DOW-UAP-D49, Launch Summary, Vandenberg AFB, 2000
Agency: Department of War
Incident date: 2/3/00
Page 8
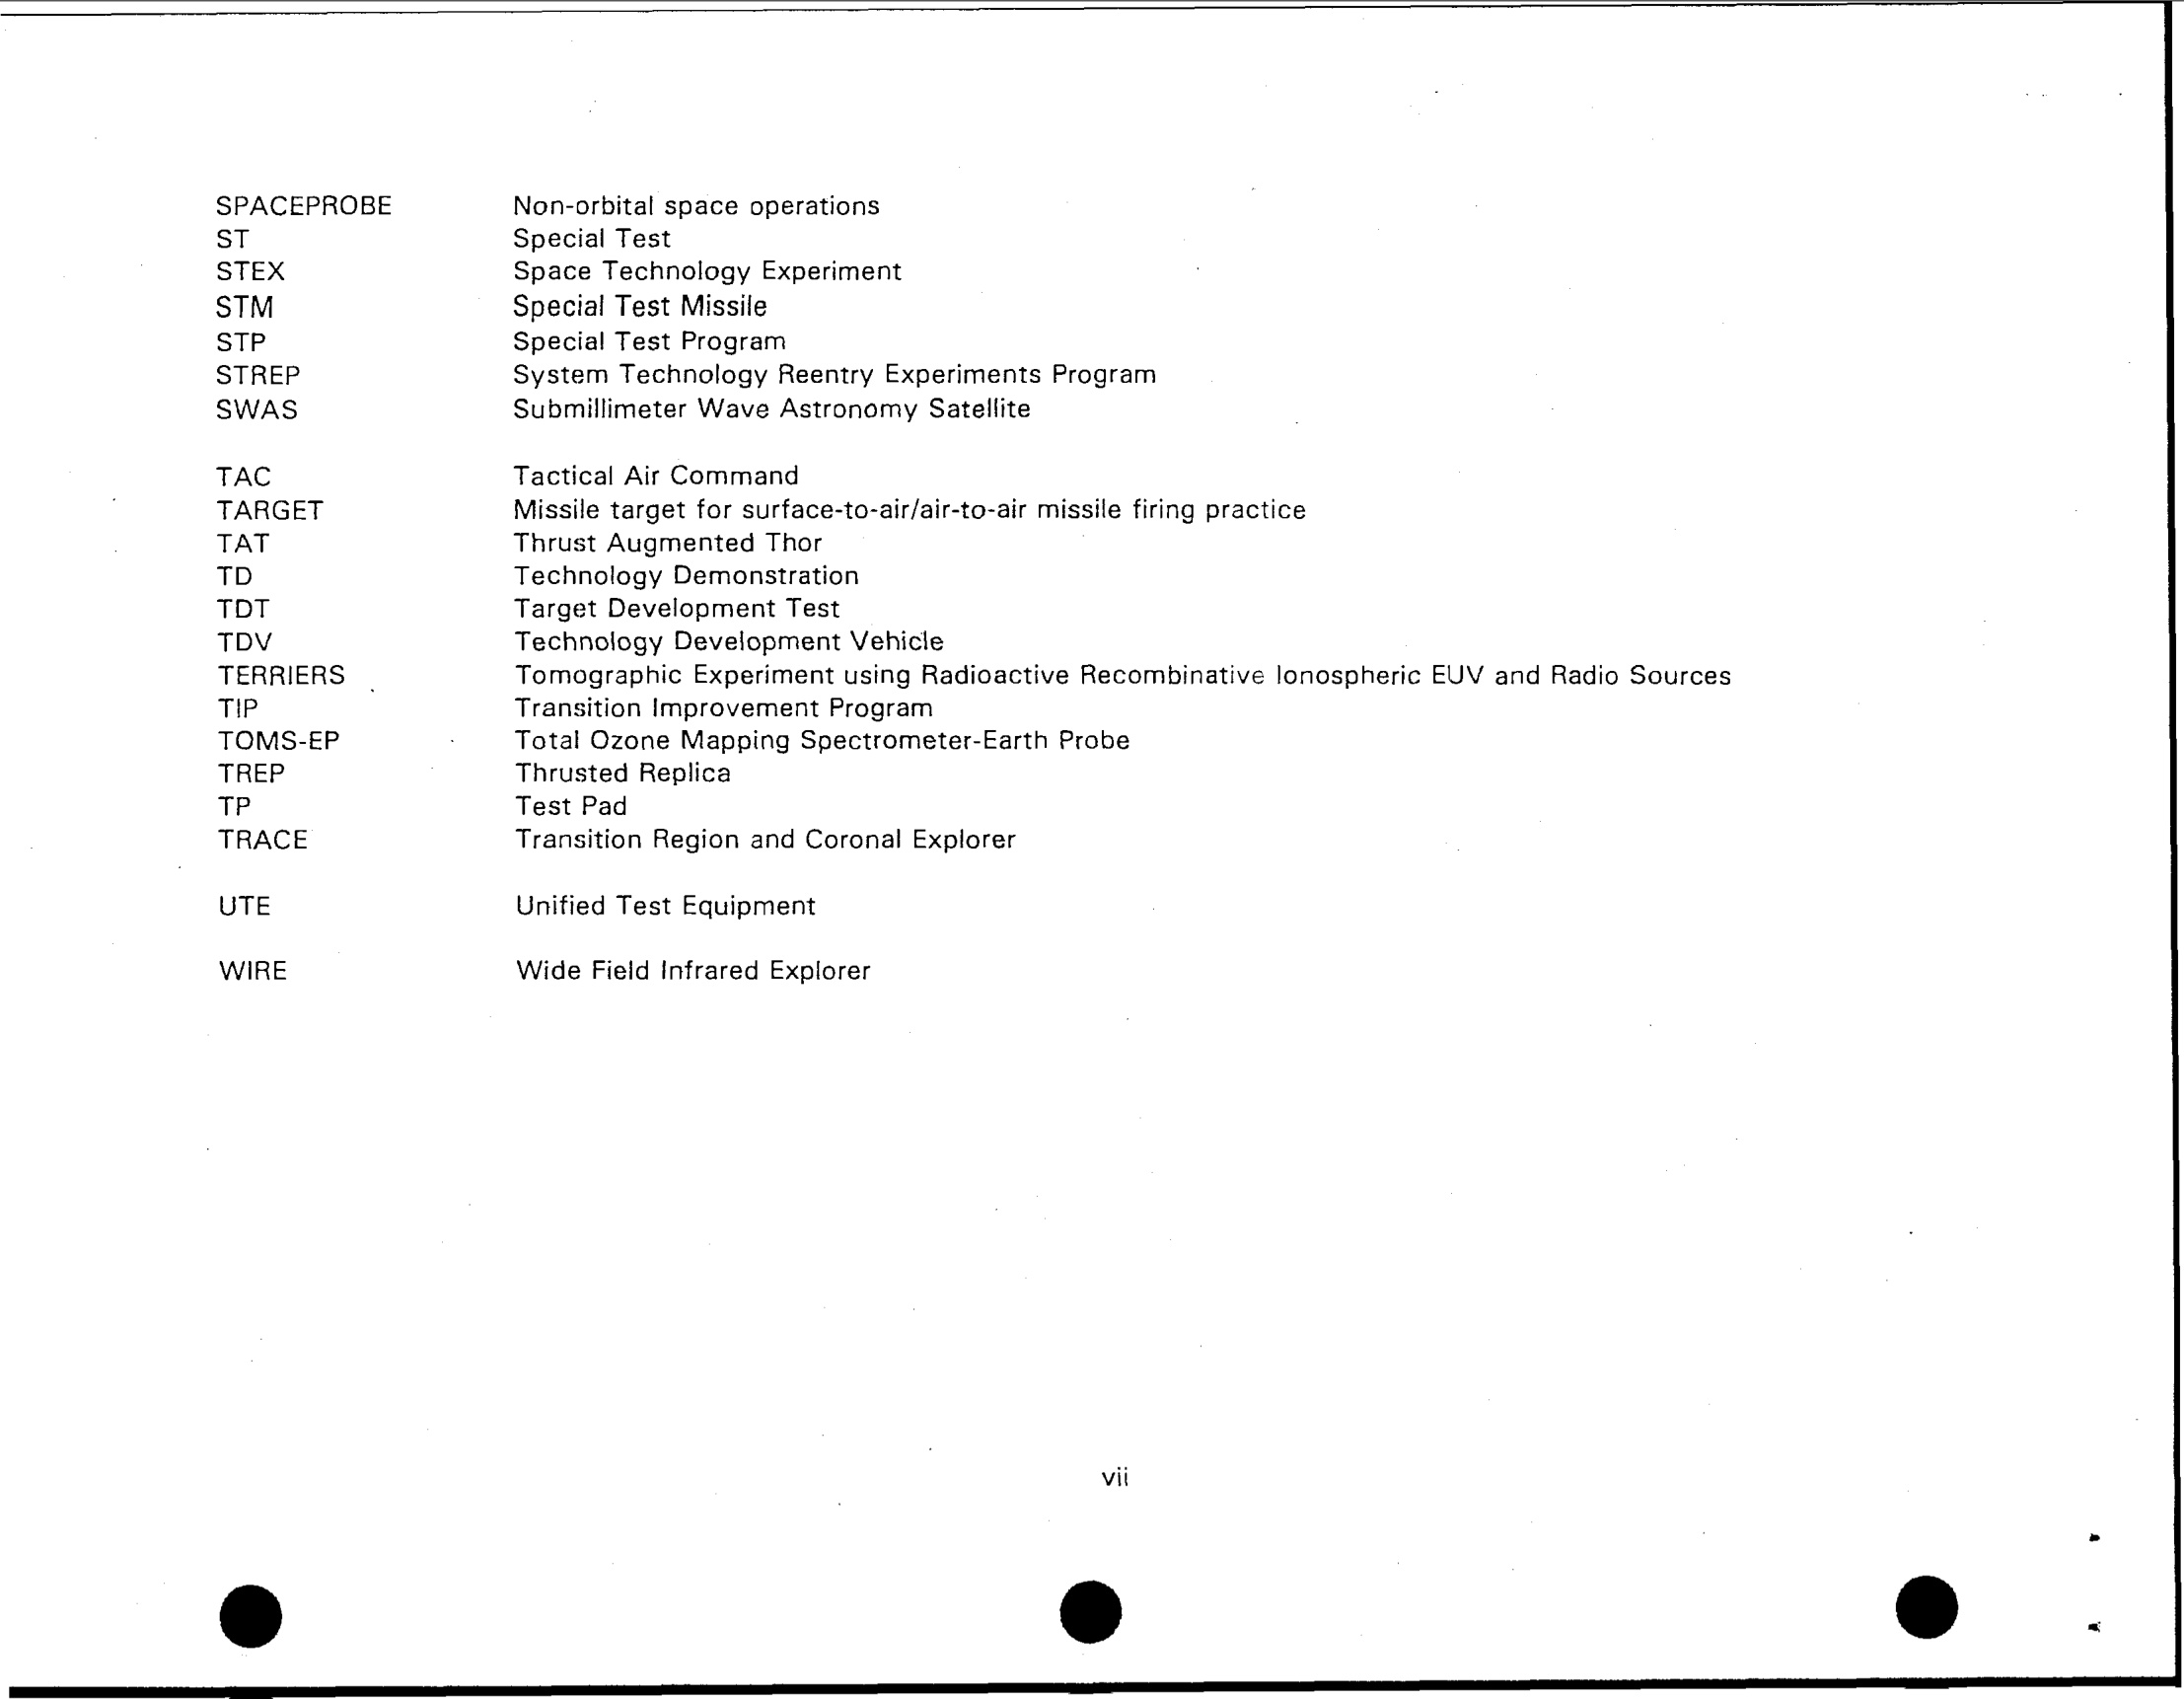